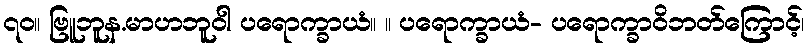
၇၀။ ဗြူဘူန.မာဟဘူဝါ ပရောက္ခာယံ။ ။ ပရောက္ခာယံ- ပရောက္ခာဝိဘတ်ကြောင့်၊